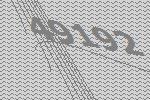
49192